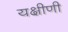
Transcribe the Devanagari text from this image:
यक्षीणी